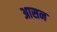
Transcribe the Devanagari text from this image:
अासन